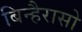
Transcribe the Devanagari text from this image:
बिन्हैरासो